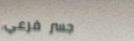
جسر فرعي